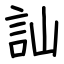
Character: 訕